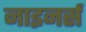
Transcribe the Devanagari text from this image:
नाइनर्स